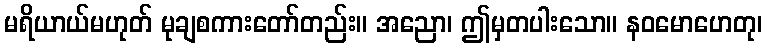
မရိယာယ်မဟုတ် မုချစကားတော်တည်း။ အညော၊ ဤမှတပါးသော။ နဝမောဟေတု၊